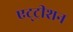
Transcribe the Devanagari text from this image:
एट्ट्रीशन